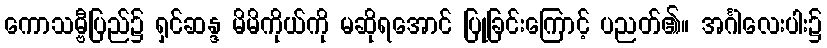
ကောသမ္ဗီပြည်၌ ရှင်ဆန္ဒ မိမိကိုယ်ကို မဆိုရအောင် ပြုခြင်းကြောင့် ပညတ်၏။ အင်္ဂါလေးပါး၌